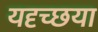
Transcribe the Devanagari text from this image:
यदृच्छया